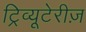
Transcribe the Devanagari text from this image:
ट्रिव्यूटेरीज़